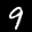
Label: 9